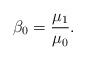
LaTeX: \begin{align*}\beta_{0}=\frac{\mu_{1}}{\mu_{0}}. \end{align*}